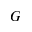
G